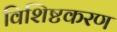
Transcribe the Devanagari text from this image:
विशिष्टकरण